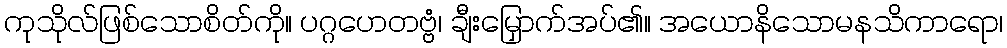
ကုသိုလ်ဖြစ်သောစိတ်ကို။ ပဂ္ဂဟေတဗ္ဗံ၊ ချီးမြှောက်အပ်၏။ အယောနိသောမနသိကာရော၊